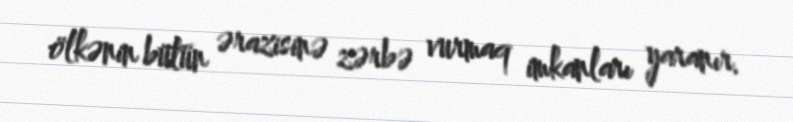
ölkənin bütün ərazisinə zərbə vurmaq imkanları yaranır.